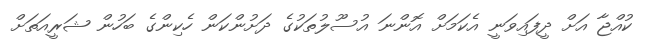
ކުއްޖާ އަށް ދީފައިވަނީ އެކަމަށް އޮންނަ އުސޫލުތަކުގެ ދަށުންކަން ހެކިންގެ ބަހުން ޝަރީއަތަށް